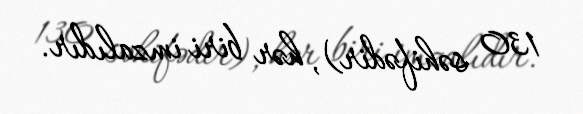
130 səhifədir), hər biri imzalıdır.